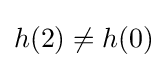
h(2)\neq h(0)